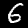
Digit: 6